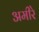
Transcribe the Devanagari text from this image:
अमीरे